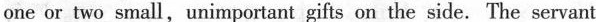
one or two small,unimportant gifts on the side.The servant